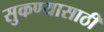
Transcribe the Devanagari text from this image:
सुकण्यासाठी